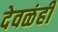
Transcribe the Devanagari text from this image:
देवळंही